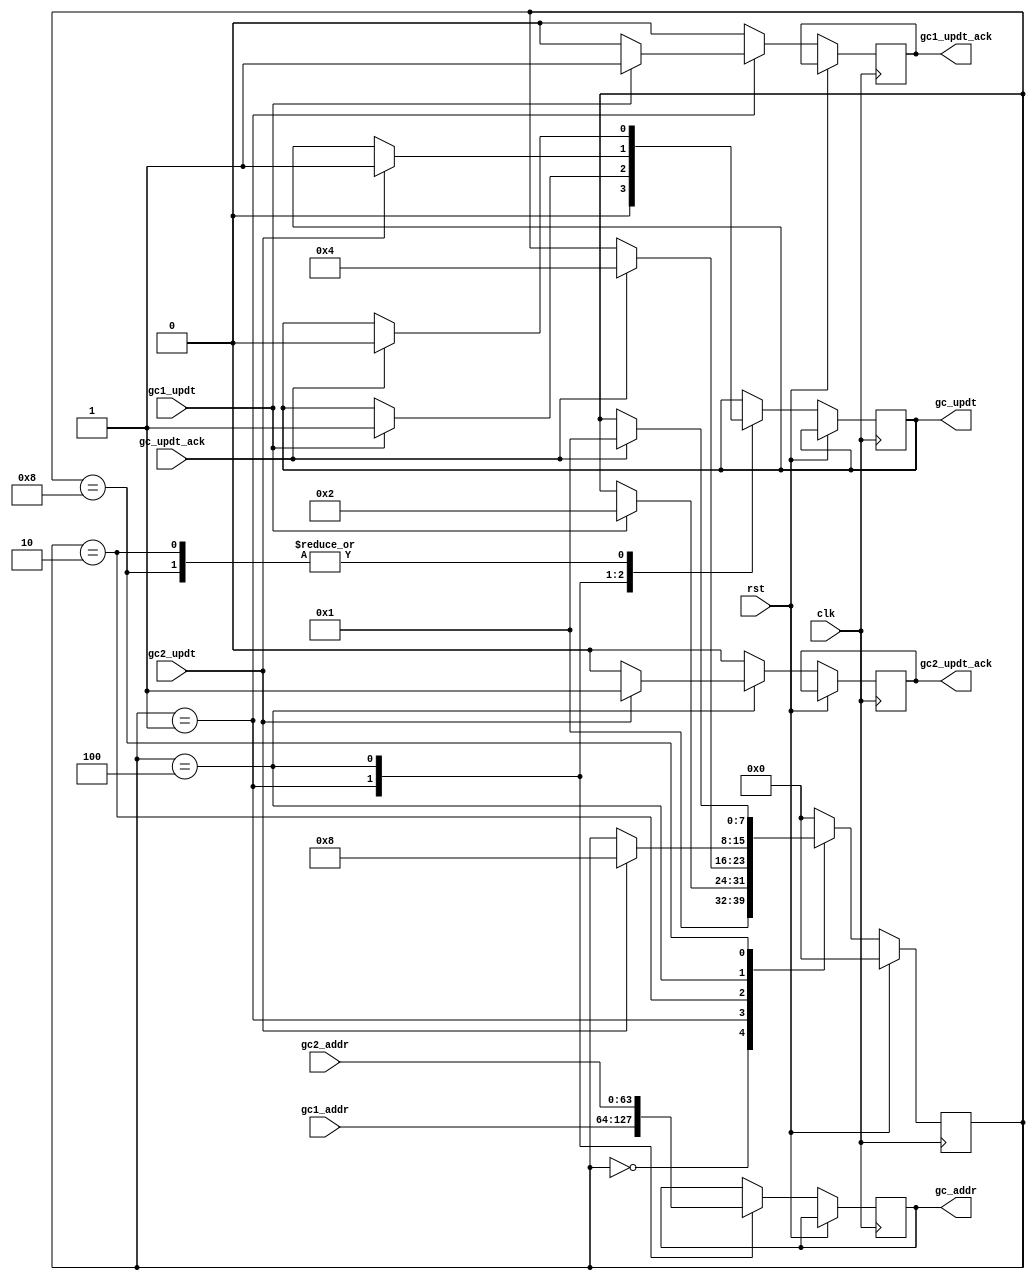
/*******************************************************************************
*
*  NetFPGA-10G http://www.netfpga.org
*
*  File:
*        gc_mxr.v
*
*  Project:
*
*
*  Author:
*        Marco Forconesi
*
*  Description:
*        Updates gc in order.
*
*
*    This code is initially developed for the Network-as-a-Service (NaaS) project.
*
*  Copyright notice:
*        Copyright (C) 2014 University of Cambridge
*
*  Licence:
*        This file is part of the NetFPGA 10G development base package.
*
*        This file is free code: you can redistribute it and/or modify it under
*        the terms of the GNU Lesser General Public License version 2.1 as
*        published by the Free Software Foundation.
*
*        This package is distributed in the hope that it will be useful, but
*        WITHOUT ANY WARRANTY; without even the implied warranty of
*        MERCHANTABILITY or FITNESS FOR A PARTICULAR PURPOSE.  See the GNU
*        Lesser General Public License for more details.
*
*        You should have received a copy of the GNU Lesser General Public
*        License along with the NetFPGA source package.  If not, see
*        http://www.gnu.org/licenses/.
*
*/

//////////////////////////////////////////////////////////////////////////////////////////////
//////////////////////////////////////////////////////////////////////////////////////////////
`timescale 1ns / 1ps
//`default_nettype none

module gc_mxr (

    input                    clk,
    input                    rst,

    // gc updt 1
    input        [63:0]      gc1_addr,
    input                    gc1_updt,
    output reg               gc1_updt_ack,

    // gc updt 2
    input        [63:0]      gc2_addr,
    input                    gc2_updt,
    output reg               gc2_updt_ack,

    // gc updt
    output reg   [63:0]      gc_addr,
    output reg               gc_updt,
    input                    gc_updt_ack
    );

    // localparam
    localparam s0 = 8'b00000000;
    localparam s1 = 8'b00000001;
    localparam s2 = 8'b00000010;
    localparam s3 = 8'b00000100;
    localparam s4 = 8'b00001000;
    localparam s5 = 8'b00010000;
    localparam s6 = 8'b00100000;
    localparam s7 = 8'b01000000;
    localparam s8 = 8'b10000000;

    //-------------------------------------------------------
    // Local gc_mxr
    //-------------------------------------------------------   
    reg          [7:0]       mxr_fsm;

    ////////////////////////////////////////////////
    // gc_mxr
    ////////////////////////////////////////////////
    always @(posedge clk) begin

        if (rst) begin  // rst
            mxr_fsm <= s0;
        end
        
        else begin  // not rst

            gc1_updt_ack <= 1'b0;
            gc2_updt_ack <= 1'b0;

            case (mxr_fsm)

                s0 : begin
                    gc_updt <= 1'b0;
                    mxr_fsm <= s1;
                end

                s1 : begin
                    gc_addr <= gc1_addr;
                    if (gc1_updt) begin
                        gc1_updt_ack <= 1'b1;
                        gc_updt <= 1'b1;
                        mxr_fsm <= s2;
                    end
                end

                s2 : begin
                    if (gc_updt_ack) begin
                        gc_updt <= 1'b0;
                        mxr_fsm <= s3;
                    end
                end

                s3 : begin
                    gc_addr <= gc2_addr;
                    if (gc2_updt) begin
                        gc2_updt_ack <= 1'b1;
                        gc_updt <= 1'b1;
                        mxr_fsm <= s4;
                    end
                end

                s4 : begin
                    if (gc_updt_ack) begin
                        gc_updt <= 1'b0;
                        mxr_fsm <= s1;
                    end
                end

                default : begin 
                    mxr_fsm <= s0;
                end

            endcase
        end     // not rst
    end  //always

endmodule // gc_mxr

//////////////////////////////////////////////////////////////////////////////////////////////
//////////////////////////////////////////////////////////////////////////////////////////////